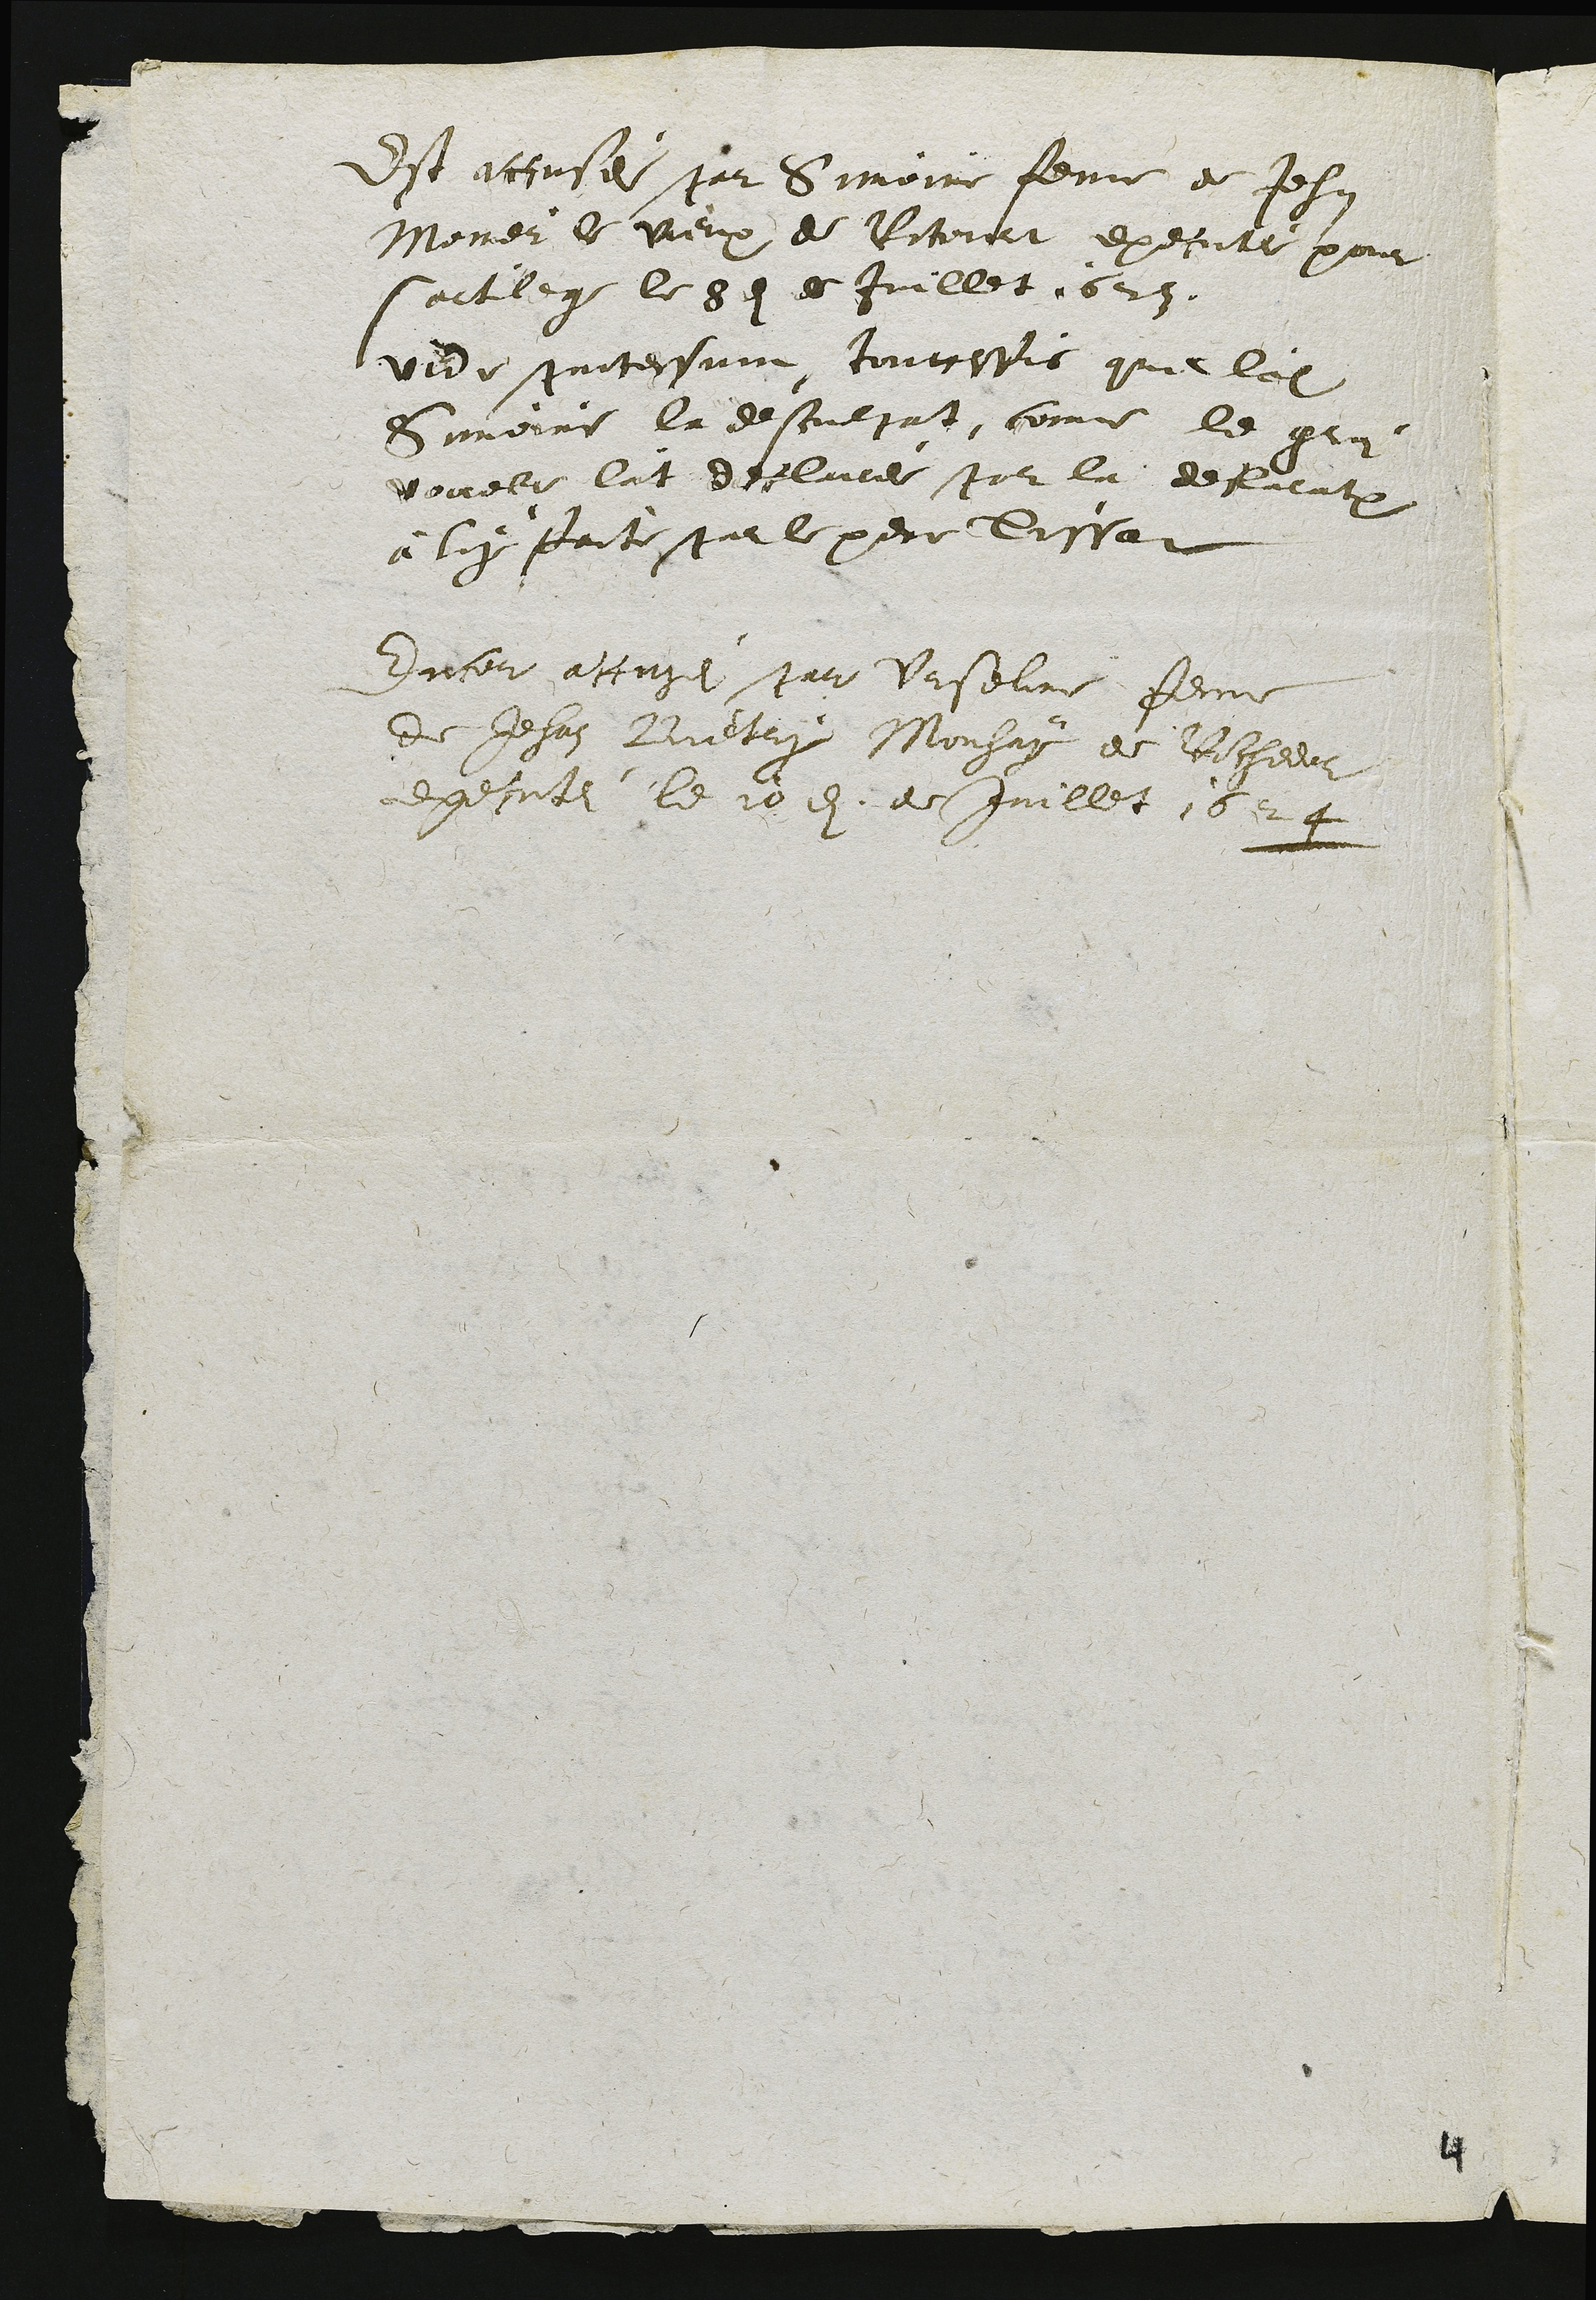
Est accusei par Simoine femme de Jehan
Nomer de vieux de Pitorat execute pour
sartlege le 8 9 de Juillet 1629.
vide protessane tourtepis que leit
Simeire la desculsat, come le gra
vouelle lat deflaires por la defueatrion
à luy faits par le pere dissat
Encor accugei par Urselne feme
de Jehan Buetry Mouhay de Richeeur
executei le 10 8. de Juillet 1624

1